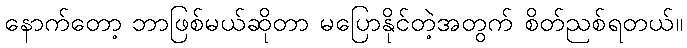
နောက်တော့ ဘာဖြစ်မယ်ဆိုတာ မပြောနိုင်တဲ့အတွက် စိတ်ညစ်ရတယ်။